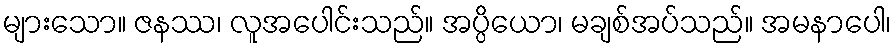
များသော။ ဇနဿ၊ လူအပေါင်းသည်။ အပ္ပိယော၊ မချစ်အပ်သည်။ အမနာပေါ၊